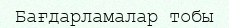
Бағдарламалар тобы